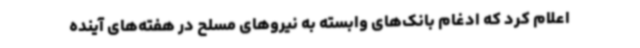
اعلام کرد که ادغام بانک‌های وابسته به نیروهای مسلح در هفته‌های آینده